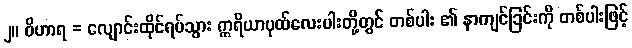
၂။ ဝိဟာရ = လျောင်းထိုင်ရပ်သွား ဣရိယာပုထ်လေးပါးတို့တွင် တစ်ပါး ၏ နာကျင်ခြင်းကို တစ်ပါးဖြင့်